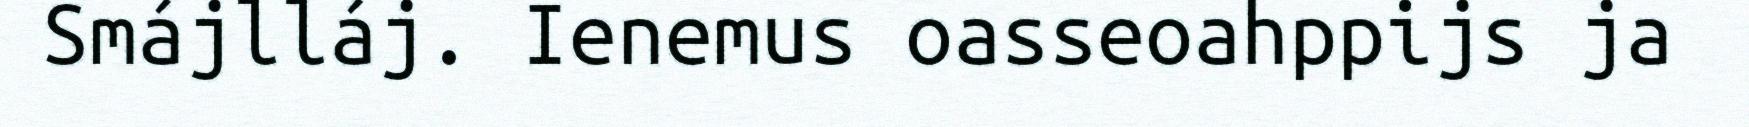
Smájlláj. Ienemus oasseoahppijs ja